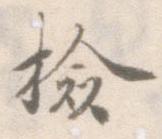
検